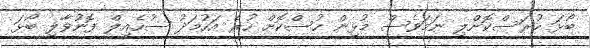
ބޯޅަ ހުރަސްކޮށްލި ނަމަވެސް މުޅިން ހުސްކޮށް ހުރެ އަހުމަދު ސުހެއިލް ފޮނުވާލި ބޯޅަ